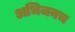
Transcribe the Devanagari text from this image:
अभिजनच